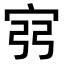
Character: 𫳆